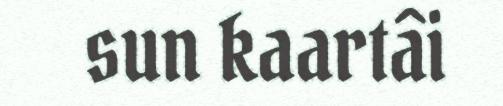
sun kaartâi